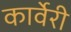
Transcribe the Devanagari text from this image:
कार्वेरी